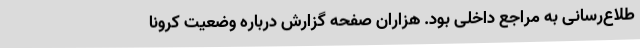
طلاع‌رسانی به مراجع داخلی بود. هزاران صفحه گزارش درباره وضعیت کرونا